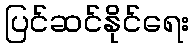
ပြင်ဆင်နိုင်ရေး